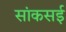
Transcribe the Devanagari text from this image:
सांकसई